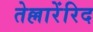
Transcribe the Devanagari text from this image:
तेल्लारेंरिद